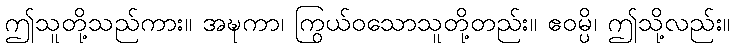
ဤသူတို့သည်ကား။ အဍ္ဎကာ၊ ကြွယ်ဝသောသူတို့တည်း။ ဧဝမ္ပိ၊ ဤသို့လည်း။